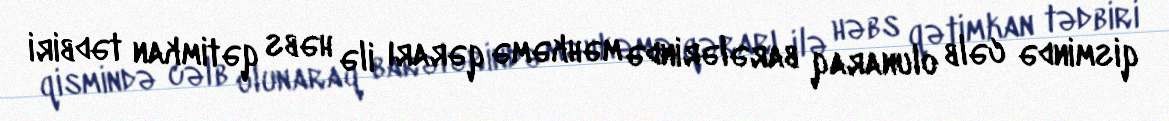
qismində cəlb olunaraq barələrində məhkəmə qərarı ilə həbs qətimkan tədbiri